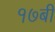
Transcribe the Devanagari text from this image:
१७बी